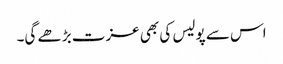
اس سے پولیس کی بھی عزت بڑھے گی۔